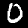
Digit: 0